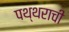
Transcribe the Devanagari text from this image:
पथ्थराची